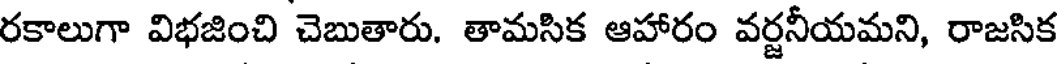
రకాలుగా విభజించి చెబుతారు. తామసిక ఆహారం వర్జనీయమని, రాజసిక